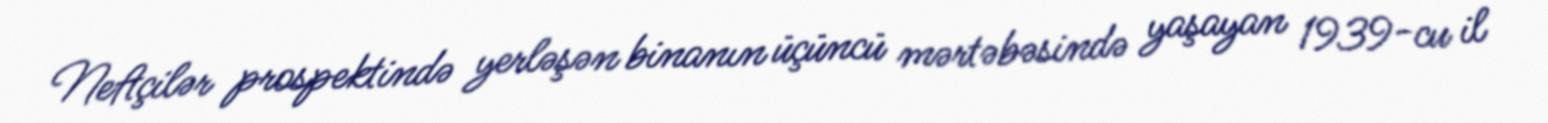
Neftçilər prospektində yerləşən binanın üçüncü mərtəbəsində yaşayan 1939-cu il